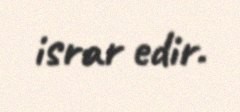
israr edir.